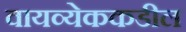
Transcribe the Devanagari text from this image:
वायव्येककडील